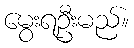
မွေးရဦးမည်။